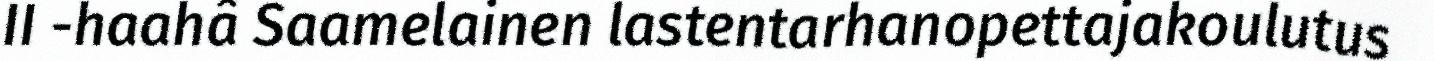
II -haahâ Saamelainen lastentarhanopettajakoulutus